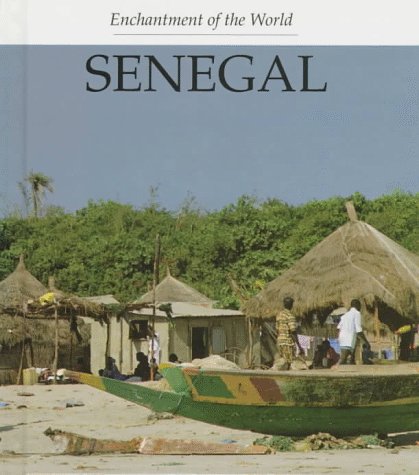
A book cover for Senegal (Enchantment of the World); Margaret Beaton; Travel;